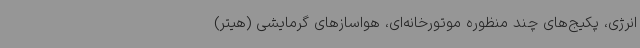
انرژی، پکیج‌های چند منظوره موتورخانه‌ای، هواسازهای گرمایشی (هیتر)